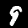
Digit: 9